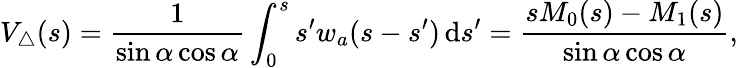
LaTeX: V_{\triangle}(s)=\frac{1}{\sin{\alpha}\cos{\alpha}}\int_{0}^{s}s^{\prime}w_{a}(s-s^{\prime})\, \mathrm{d}s^{\prime}=\frac{sM_{0}(s)-M_{1}(s)}{\sin{\alpha}\cos{\alpha}},